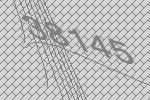
38145